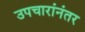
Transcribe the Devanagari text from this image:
उपचारांनंतर